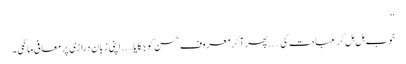
‘‘
خوب ہل ہل کر عبادت کی…..پھر آ کر معروف حسن کو جگایا…..اپنی زبان درازی پر معافی مانگی۔